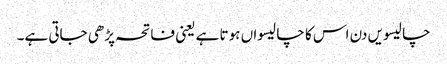
چالیسویں دن اس کا چالیسواں ہوتا ہے یعنی فاتحہ پڑھی جاتی ہے۔